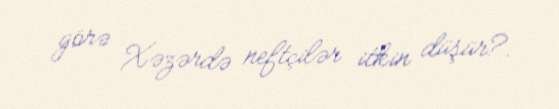
görə Xəzərdə neftçilər itkin düşür?.